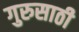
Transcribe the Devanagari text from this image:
गुरुसाठी